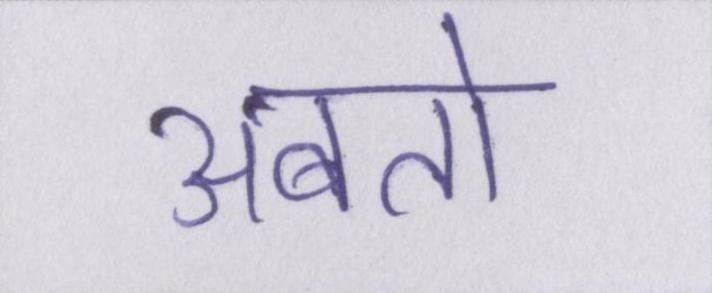
अबतो